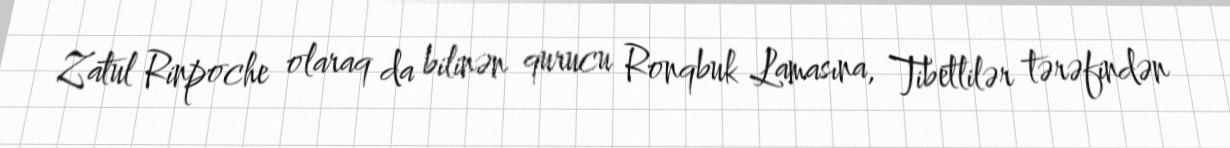
Zatul Rinpoche olaraq da bilinən qurucu Ronqbuk Lamasına, Tibetlilər tərəfindən